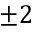
\pm 2